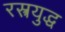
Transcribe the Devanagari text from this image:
रश्त्रयुद्ध